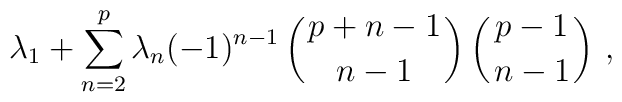
\lambda_1+\sum_{n=2}^p\lambda_n(-1)^{n-1}\left({p+n-1\atop n-1}\right)\left({p-1\atop n-1}\right)\,,